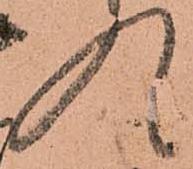
入